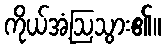
ကိုယ်အံ့ဩသွား၏။